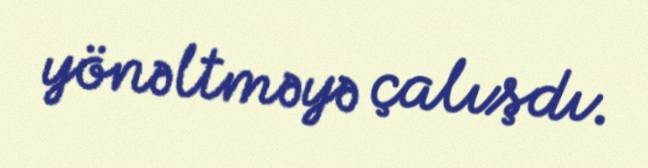
yönəltməyə çalışdı.